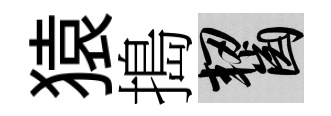
猿搗齧